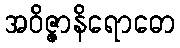
အဝိဇ္ဇာနိရောဓော